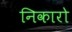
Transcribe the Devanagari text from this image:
निकारो